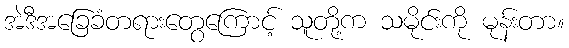
အဲဒီအခြေခံတရားတွေကြောင့် သူတို့က သမိုင်းကို မုန်းတာ။